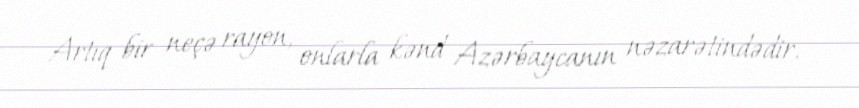
Artıq bir neçə rayon, onlarla kənd Azərbaycanın nəzarətindədir.